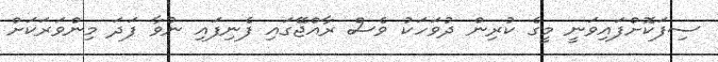
ސިފަކޮށްފައިވަނީ މީގެ ކުރިން ދުވަހަކު ވެސް ރާއްޖޭގައި ފެނިފައި ނުވާ ފަދަ މިންވަރަކަށް